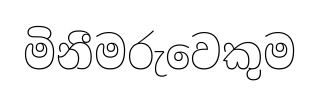
මිනීමරුවෙකුම